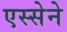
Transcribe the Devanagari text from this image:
एस्सेने